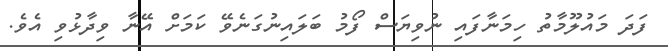
ފަދަ މައުލޫމާތު ހިމަނާފައި ނުވިޔަސް ފޯމު ބަލައިނުގަނެވޭ ކަމަށް އޭނާ ވިދާޅުވި އެވެ.